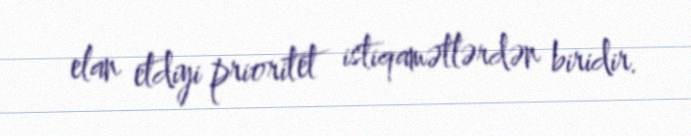
elan etdiyi prioritet istiqamətlərdən biridir.